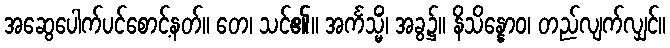
အဆွေပေါက်ပင်စောင့်နတ်။ တေ၊ သင်၏။ အင်္ကသ္မိံ၊ အခွ၌။ နိသိန္နောဝ၊ တည်လျက်လျှင်။